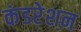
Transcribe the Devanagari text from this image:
कंडरेशन